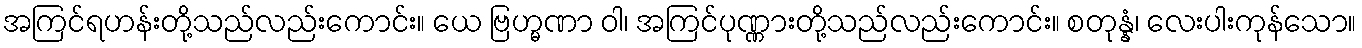
အကြင်ရဟန်းတို့သည်လည်းကောင်း။ ယေ ဗြဟ္မဏာ ဝါ၊ အကြင်ပုဏ္ဏားတို့သည်လည်းကောင်း။ စတုန္နံ၊ လေးပါးကုန်သော။